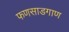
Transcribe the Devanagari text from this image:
फणसाडगाण